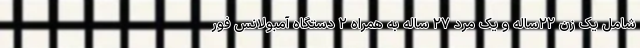
شامل یک زن ۲۲ساله و یک مرد ۲۷ ساله به همراه ۲ دستگاه آمبولانس فور